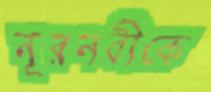
নূরনবীকে